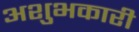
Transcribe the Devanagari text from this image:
अशुभकारी